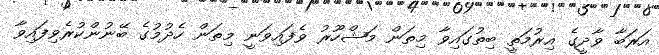
އަރަބާ ވާދީގެ އިރުމަތީ ބިތުގައިވާ މިތަން މަޝްހޫރު ވެފައިވަނީ މިތަން ހެދުމުގެ ބޭނުންކުރެވިފައިވާ